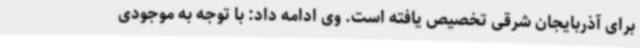
برای آذربایجان شرقی تخصیص یافته است. وی ادامه داد: با توجه به موجودی